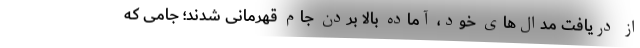
از دریافت مدال‌های خود، آماده بالا بردن جام قهرمانی شدند؛ جامی که